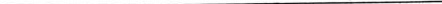
___